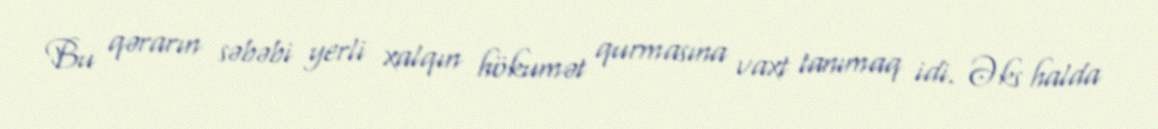
Bu qərarın səbəbi yerli xalqın hökumət qurmasına vaxt tanımaq idi. Əks halda